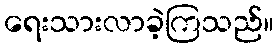
ရေးသားလာခဲ့ကြသည်။